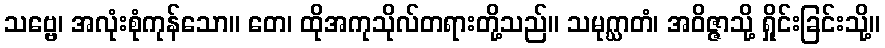
သဗ္ဗေ၊ အလုံးစုံကုန်သော။ တေ၊ ထိုအကုသိုလ်တရားတို့သည်။ သမုဂ္ဃာတံ၊ အဝိဇ္ဇာသို့ ရှိုင်းခြင်းသို့။